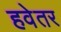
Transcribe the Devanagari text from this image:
हवेतर